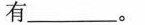
有_________。